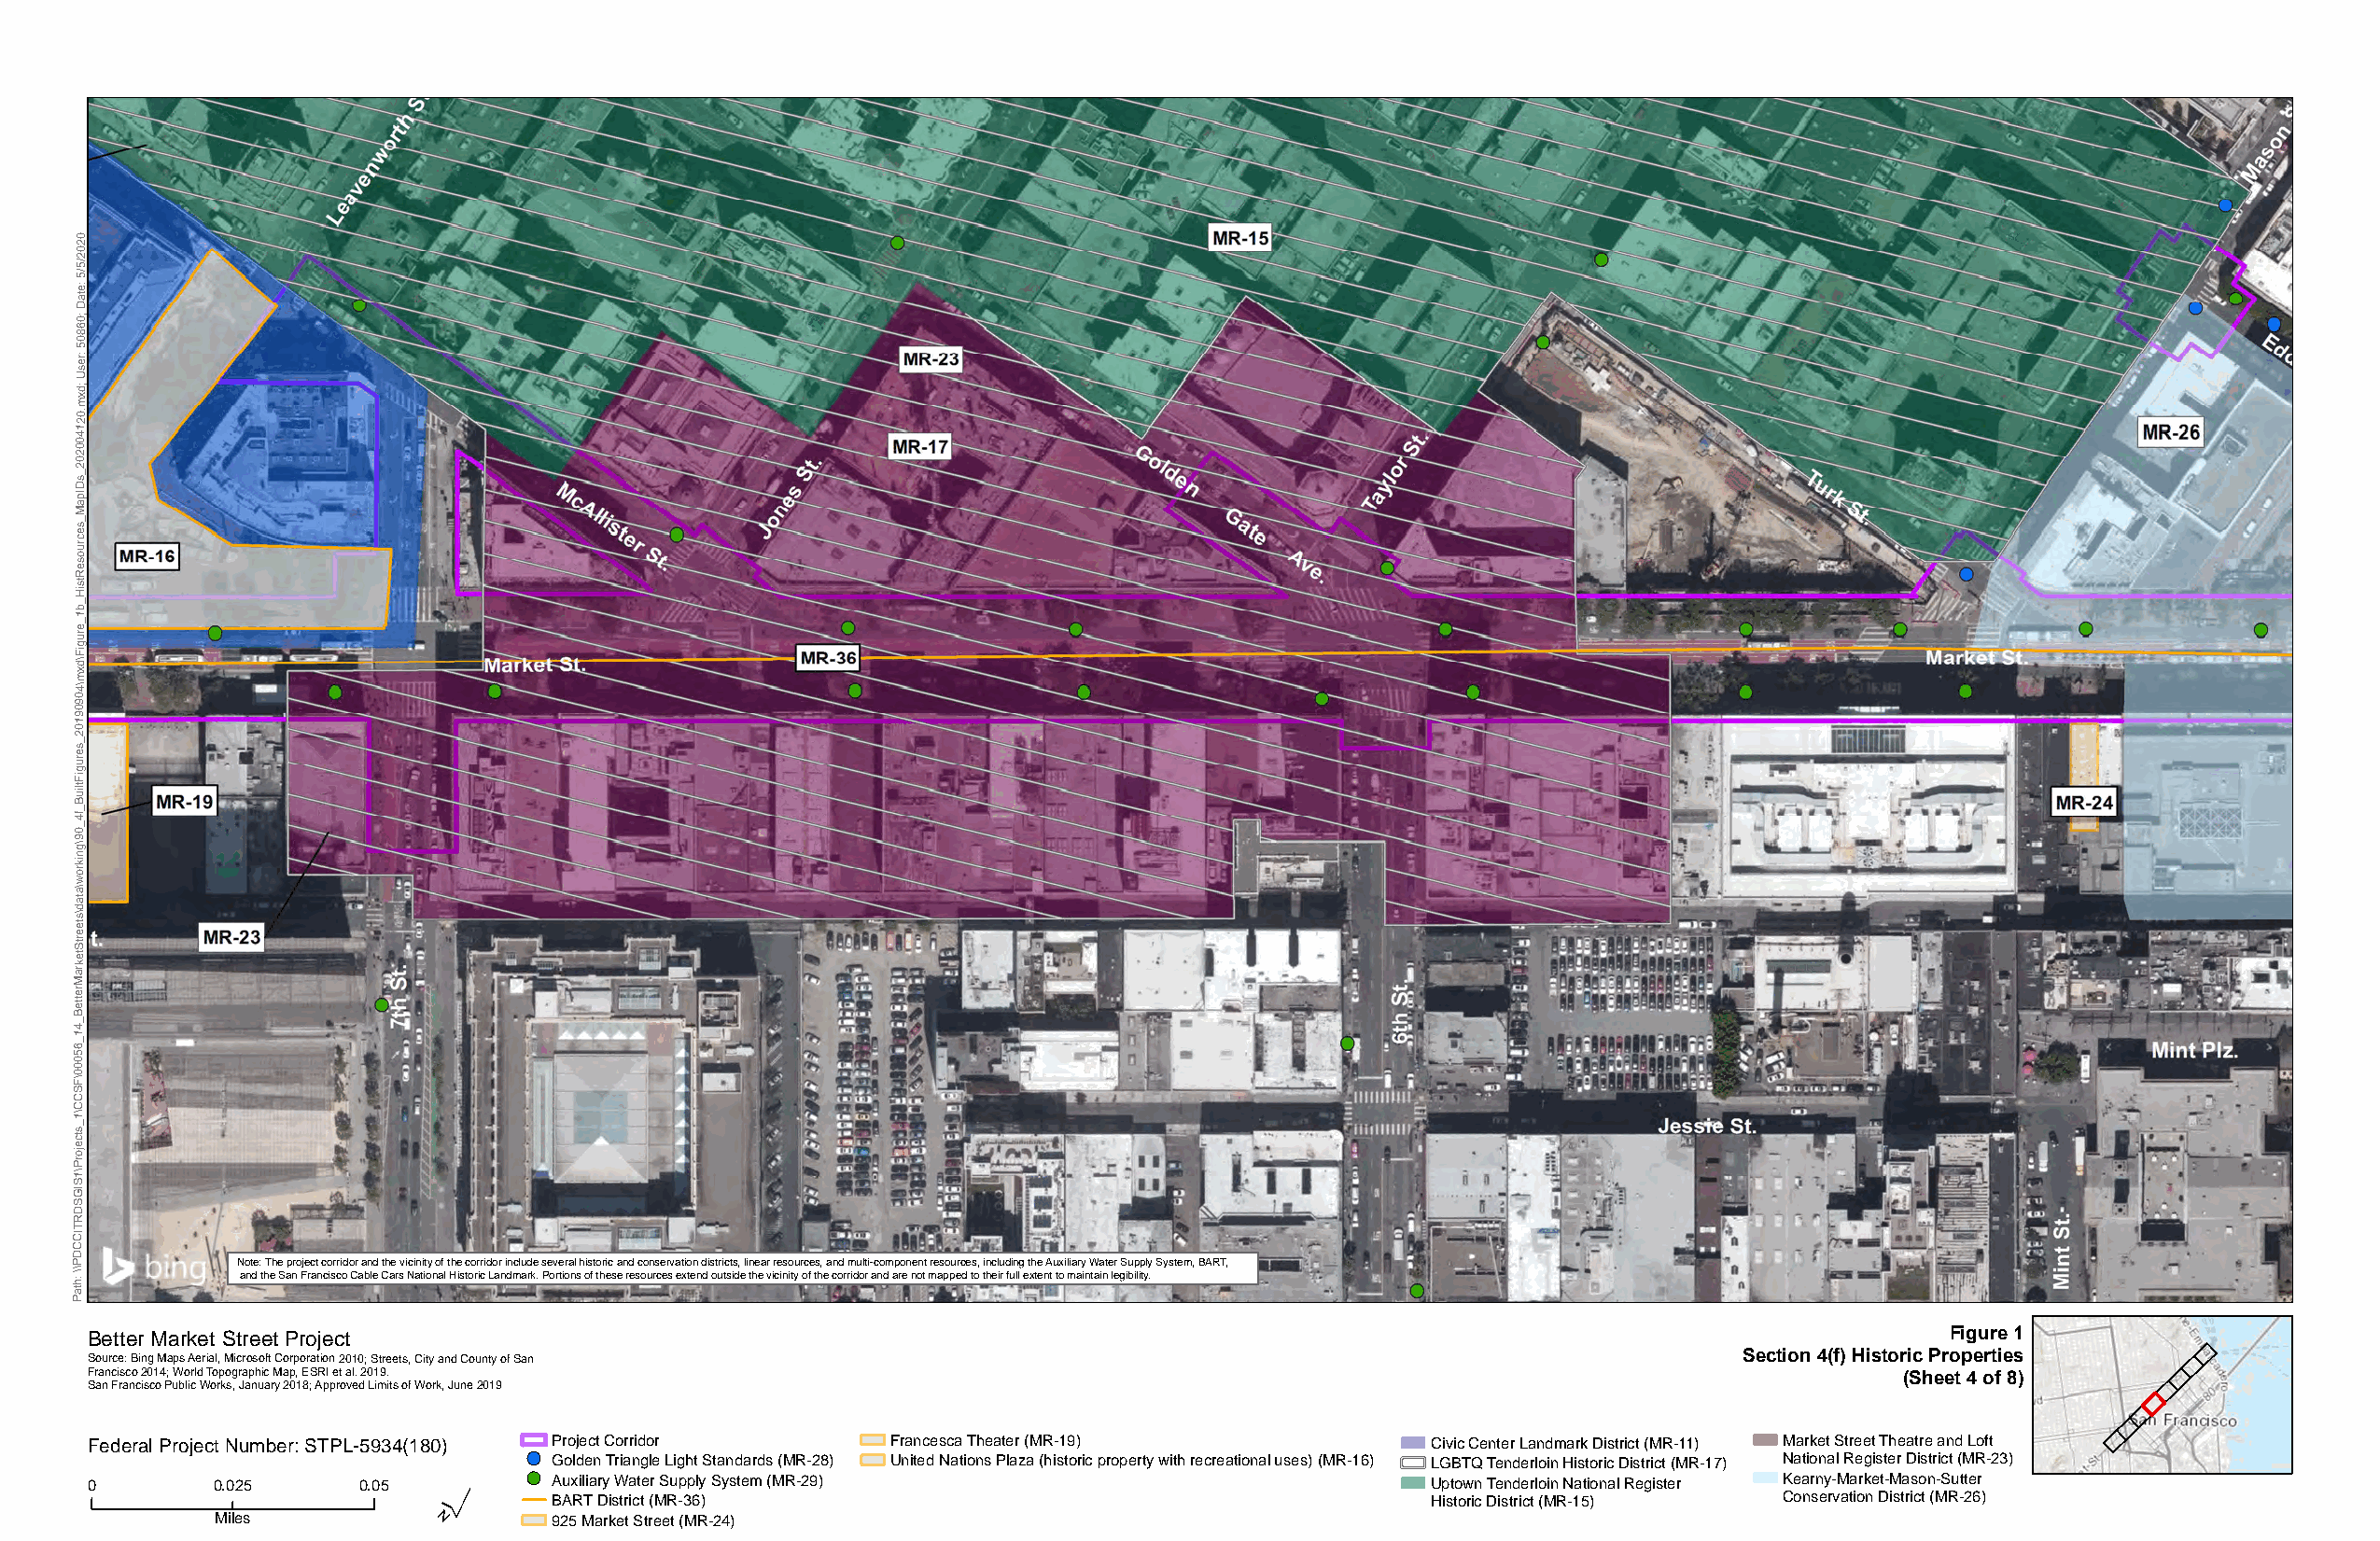
0
 2
 0
 2
 5/
 5/
 e:
 at
 D
 0;
 6
 8
 0
 5
 er:
 Us
 d;
 x
 m
 0.
 2
 1
 4
 0
 0
 2
 0
 2
 _
 Ds
 pI
 a
 M
 _
 s
 e
 c
 ur
 o
 s
 e
 R
 st
 Hi
 _
 b
 1
 _
 e
 ur
 g
 Fi
 d\
 x
 m
 4\
 0
 9
 0
 9
 1
 0
 2
 _
 s
 e
 ur
 g
 Fi
 uilt
 B
 _
 4f
 _
 0
 9
 g\
 n
 ki
 or
 w
 a\
 at
 d
 s\
 et
 e
 Str
 et
 k
 ar
 M
 er
 ett
 B
 _
 4
 1
 _
 6
 5
 0
 0
 0
 F\
 S
 C
 C
 1\
 _
 s
 ct
 e
 oj
 Pr
 1\
 S
 GI
 S
 D
 R
 T
 CI
 C
 D
 P           Note: The project corridor and the vicinity of the corridor include several historic and conservation districts, linear resources, and multi-component resources, including the Auxiliary Water Supply System, BART,
 h: \\       and the San Francisco Cable Cars National Historic Landmark. Portions of these resources extend outside the vicinity of the corridor and are not mapped to their full extent to maintain legibility.
 at
 P
 Better Market Street Project                                                                                                        Figure 1
 Source: Bing Maps Aerial, Microsoft Corporation 2010; Streets, City and County of San                                 Section 4(f) Historic Properties
 Francisco 2014; World Topographic Map, ESRI et al. 2019.                                                                         (Sheet 4 of 8)
 San Francisco Public Works, January 2018; Approved Limits of Work, June 2019
 Federal Project Number: STPL-5934(180) Project Corridor  Francesca Theater (MR-19)              Civic Center Landmark District (MR-11) Market Street Theatre and Loft
 Golden Triangle Light Standards (MR-28) United Nations Plaza (historic property with recreational uses) (MR-16) LGBTQ Tenderloin Historic District (MR-17) National Register District (MR-23)
 0        0.025     0.05 ´        Auxiliary Water Supply System (MR-29)                          Uptown Tenderloin National Register Kearny-Market-Mason-Sutter
 BART District (MR-36)                                          Historic District (MR-15) Conservation District (MR-26)
 Miles                   925 Market Street (MR-24)